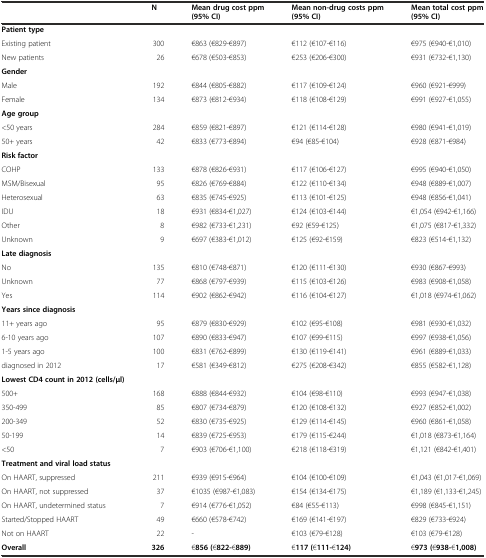
<table><thead><tr><td></td><td><b>N</b></td><td><b>Mean drug cost ppm (95% CI)</b></td><td><b>Mean non-drug costs ppm (95% CI)</b></td><td><b>Mean total cost ppm (95% CI)</b></td></tr></thead><tbody><tr><td><b>Patient type</b></td><td></td><td></td><td></td><td></td></tr><tr><td>Existing patient</td><td>300</td><td>€863 (€829-€897)</td><td>€112 (€107-€116)</td><td>€975 (€940-€1,010)</td></tr><tr><td>New patients</td><td>26</td><td>€678 (€503-€853)</td><td>€253 (€206-€300)</td><td>€931 (€732-€1,130)</td></tr><tr><td><b>Gender</b></td><td></td><td></td><td></td><td></td></tr><tr><td>Male</td><td>192</td><td>€844 (€805-€882)</td><td>€117 (€109-€124)</td><td>€960 (€921-€999)</td></tr><tr><td>Female</td><td>134</td><td>€873 (€812-€934)</td><td>€118 (€108-€129)</td><td>€991 (€927-€1,055)</td></tr><tr><td><b>Age group</b></td><td></td><td></td><td></td><td></td></tr><tr><td>&lt;50 years</td><td>284</td><td>€859 (€821-€897)</td><td>€121 (€114-€128)</td><td>€980 (€941-€1,019)</td></tr><tr><td>50+ years</td><td>42</td><td>€833 (€773-€894)</td><td>€94 (€85-€104)</td><td>€928 (€871-€984)</td></tr><tr><td><b>Risk factor</b></td><td></td><td></td><td></td><td></td></tr><tr><td>COHP</td><td>133</td><td>€878 (€826-€931)</td><td>€117 (€106-€127)</td><td>€995 (€940-€1,050)</td></tr><tr><td>MSM/Bisexual</td><td>95</td><td>€826 (€769-€884)</td><td>€122 (€110-€134)</td><td>€948 (€889-€1,007)</td></tr><tr><td>Heterosexual</td><td>63</td><td>€835 (€745-€925)</td><td>€113 (€101-€125)</td><td>€948 (€856-€1,041)</td></tr><tr><td>IDU</td><td>18</td><td>€931 (€834-€1,027)</td><td>€124 (€103-€144)</td><td>€1,054 (€942-€1,166)</td></tr><tr><td>Other</td><td>8</td><td>€982 (€733-€1,231)</td><td>€92 (€59-€125)</td><td>€1,075 (€817-€1,332)</td></tr><tr><td>Unknown</td><td>9</td><td>€697 (€383-€1,012)</td><td>€125 (€92-€159)</td><td>€823 (€514-€1,132)</td></tr><tr><td><b>Late diagnosis</b></td><td></td><td></td><td></td><td></td></tr><tr><td>No</td><td>135</td><td>€810 (€748-€871)</td><td>€120 (€111-€130)</td><td>€930 (€867-€993)</td></tr><tr><td>Unknown</td><td>77</td><td>€868 (€797-€939)</td><td>€115 (€103-€126)</td><td>€983 (€908-€1,058)</td></tr><tr><td>Yes</td><td>114</td><td>€902 (€862-€942)</td><td>€116 (€104-€127)</td><td>€1,018 (€974-€1,062)</td></tr><tr><td><b>Years since diagnosis</b></td><td></td><td></td><td></td><td></td></tr><tr><td>11+ years ago</td><td>95</td><td>€879 (€830-€929)</td><td>€102 (€95-€108)</td><td>€981 (€930-€1,032)</td></tr><tr><td>6-10 years ago</td><td>107</td><td>€890 (€833-€947)</td><td>€107 (€99-€115)</td><td>€997 (€938-€1,056)</td></tr><tr><td>1-5 years ago</td><td>100</td><td>€831 (€762-€899)</td><td>€130 (€119-€141)</td><td>€961 (€889-€1,033)</td></tr><tr><td>diagnosed in 2012</td><td>17</td><td>€581 (€349-€812)</td><td>€275 (€208-€342)</td><td>€855 (€582-€1,128)</td></tr><tr><td><b>Lowest CD4 count in 2012 (cells/μl)</b></td><td></td><td></td><td></td><td></td></tr><tr><td>500+</td><td>168</td><td>€888 (€844-€932)</td><td>€104 (€98-€110)</td><td>€993 (€947-€1,038)</td></tr><tr><td>350-499</td><td>85</td><td>€807 (€734-€879)</td><td>€120 (€108-€132)</td><td>€927 (€852-€1,002)</td></tr><tr><td>200-349</td><td>52</td><td>€830 (€735-€925)</td><td>€129 (€114-€145)</td><td>€960 (€861-€1,058)</td></tr><tr><td>50-199</td><td>14</td><td>€839 (€725-€953)</td><td>€179 (€115-€244)</td><td>€1,018 (€873-€1,164)</td></tr><tr><td>&lt;50</td><td>7</td><td>€903 (€706-€1,100)</td><td>€218 (€118-€319)</td><td>€1,121 (€842-€1,401)</td></tr><tr><td><b>Treatment and viral load status</b></td><td></td><td></td><td></td><td></td></tr><tr><td>On HAART, suppressed</td><td>211</td><td>€939 (€915-€964)</td><td>€104 (€100-€109)</td><td>€1,043 (€1,017-€1,069)</td></tr><tr><td>On HAART, not suppressed</td><td>37</td><td>€1035 (€987-€1,083)</td><td>€154 (€134-€175)</td><td>€1,189 (€1,133-€1,245)</td></tr><tr><td>On HAART, undetermined status</td><td>7</td><td>€914 (€776-€1,052)</td><td>€84 (€55-€113)</td><td>€998 (€845-€1,151)</td></tr><tr><td>Started/Stopped HAART</td><td>49</td><td>€660 (€578-€742)</td><td>€169 (€141-€197)</td><td>€829 (€733-€924)</td></tr><tr><td>Not on HAART</td><td>22</td><td>-</td><td>€103 (€79-€128)</td><td>€103 (€79-€128)</td></tr><tr><td><b>Overall</b></td><td><b>326</b></td><td>€<b>856 (</b>€<b>822-</b>€<b>889)</b></td><td>€<b>117 (</b>€<b>111-</b>€<b>124)</b></td><td>€<b>973 (</b>€<b>938-</b>€<b>1,008)</b></td></tr></tbody></table>